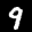
Label: 9